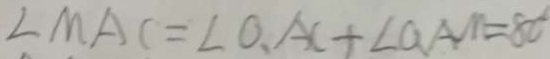
\angle M A C = \angle O 、 A C = \angle Q A M = 8 0 ^ { \circ }